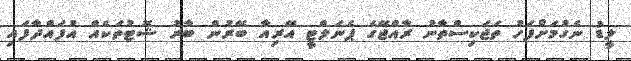
ލީޑު ނެގުމަށްފަހު ތަޖަކިސްތާނު ރާއްޖޭގެ ޕެނަލްޓީ އޭރިއާ ބޭރުން ބާރު ޝޮޓުތަކެއް އުފައްދާފައި